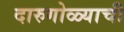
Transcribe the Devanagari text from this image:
दारुगोळ्याची